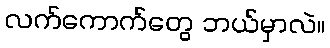
လက်ကောက်တွေ ဘယ်မှာလဲ။